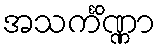
အသင်္ကိဏ္ဏာ